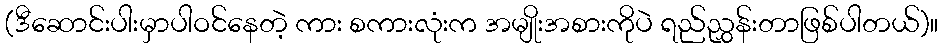
(ဒီဆောင်းပါးမှာပါဝင်နေတဲ့ ကား စကားလုံးက အမျိုးအစားကိုပဲ ရည်ညွှန်းတာဖြစ်ပါတယ်)။